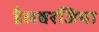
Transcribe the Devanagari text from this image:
डैलबरजिया